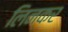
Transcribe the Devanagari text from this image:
लिनकर